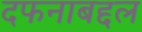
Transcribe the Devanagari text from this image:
दफनाबद्दल